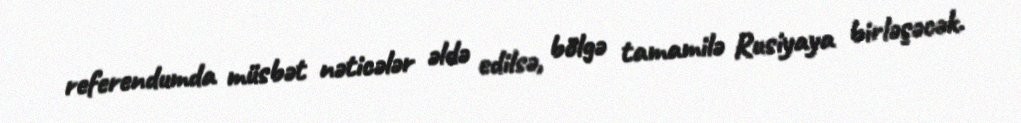
referendumda müsbət nəticələr əldə edilsə, bölgə tamamilə Rusiyaya birləşəcək.